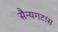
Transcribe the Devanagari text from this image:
सैन्यगटास